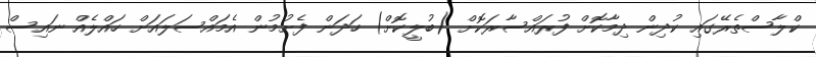
ކްލާސްތެރޭގައި ކުދިން ދިމާކޮށް ފުރައްސާރަކޮށް (ބުލީކޮށް) ހަދަން ފެށުމުން އެމައްސަލައަށް ހައްލެއް ނައިސް